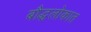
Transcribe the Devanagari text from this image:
बौद्धलोकात